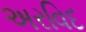
અરવિદ